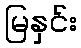
မြနှင်း